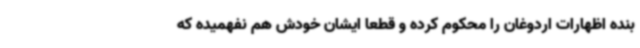
بنده اظهارات اردوغان را محکوم کرده و قطعا ایشان خودش هم نفهمیده که